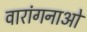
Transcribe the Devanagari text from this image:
वारांगनाओं